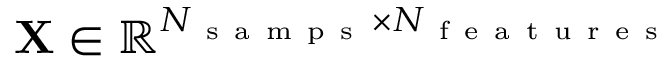
\mathbf { X } \in \mathbb { R } ^ { N _ { \mathrm { ~ s ~ a ~ m ~ p ~ s ~ } } \times N _ { \mathrm { ~ f ~ e ~ a ~ t ~ u ~ r ~ e ~ s ~ } } }